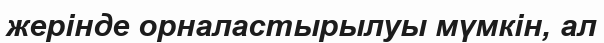
жерінде орналастырылуы мүмкін, ал